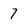
Character: 7